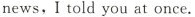
news , I told you at once.